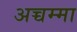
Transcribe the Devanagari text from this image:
अच्चम्मा